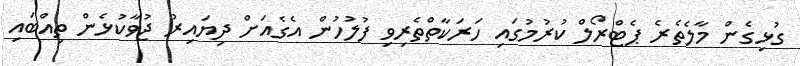
ގުޅިގެން މާލެތެރެ ޕެޓްރޯލް ކުރުމުގައި ހަރަކާތްތެރިވި ފުލުހުން އެގެއަށް ދިޔައިރު ޖުވާކުޅެން ތިއްބައި